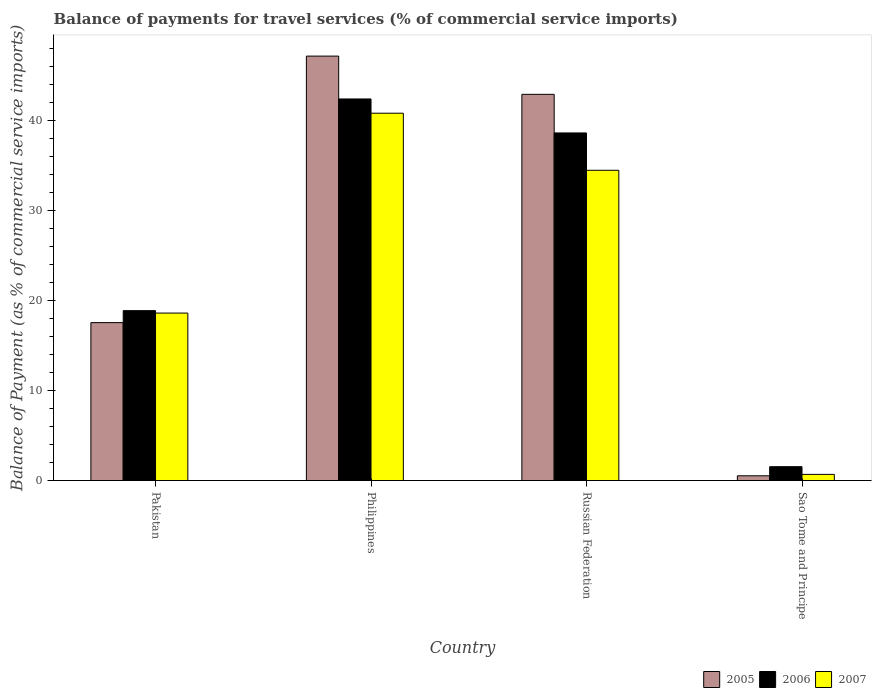
| Country | 2005 | 2006 | 2007 |
 | --- | --- | --- | --- |
 | Pakistan | 17.6 | 18.9 | 18.6 |
 | Philippines | 47.2 | 42.4 | 40.8 |
 | Russian Federation | 42.9 | 38.7 | 34.5 |
 | Sao Tome and Principe | 0.532 | 1.54 | 0.688 |